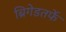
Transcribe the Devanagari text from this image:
ब्रिगेडतर्फे